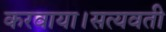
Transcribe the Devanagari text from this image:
करवाया।सत्यवती